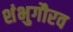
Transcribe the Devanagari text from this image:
शंभुगौरव